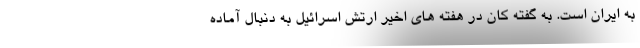
به ایران است. به گفته کان در هفته های اخیر ارتش اسرائیل به دنبال آماده